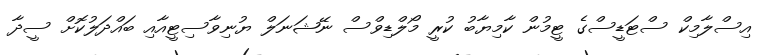
އިސްލާމިކް ސްޓަޑީސްގެ ޓީމުން ކާމިޔާބު ކުރީ މޯލްޑިވްސް ނޭޝަނަލް ޔުނިވާސިޓީއާއި ބައްދަލުކޮށް ސީދާ